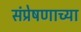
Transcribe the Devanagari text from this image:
संप्रेषणाच्या